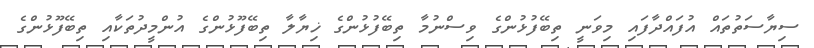
ސިޔާސަތުތައް އުފައްދާފައި މިވަނީ ތިބޭފުޅުންގެ ވިސްނުމާ ތިބޭފުޅުންގެ ޚިޔާލާ ތިބޭފޫޅުންގެ އުންމީދުތަކާއި ތިބޭފޫޅުންގެ